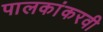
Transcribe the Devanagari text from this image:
पालकांकरवी